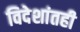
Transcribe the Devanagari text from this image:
विदेशांतही